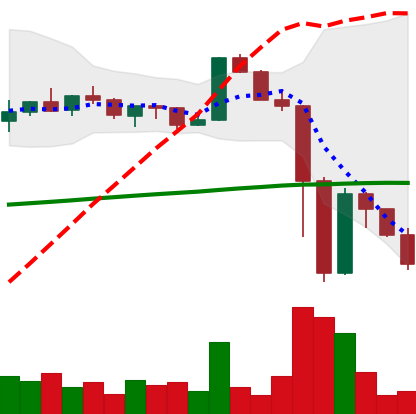
Ticker: XRP-USD
Chart end date: 2022-11-13
Forward return: 12.568%
Label: up_7plus